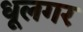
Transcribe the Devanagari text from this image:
धूलगर